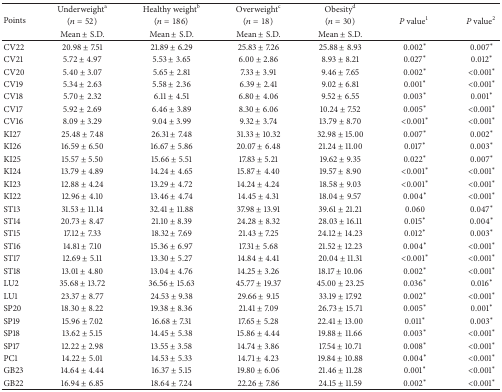
<table><thead><tr><td rowspan="3"><b>Points</b></td><td><b>Underweight<sup>a</sup></b></td><td><b>Healthy weight<sup>b</sup></b></td><td><b>Overweight<sup>c</sup></b></td><td><b>Obesity<sup>d</sup></b></td><td rowspan="3"><b><i>P</i> value<sup>1</sup></b></td><td rowspan="3"><b><i>P</i> value<sup>2</sup></b></td></tr><tr><td><b>(<i>n</i> = 52)</b></td><td><b>(<i>n</i> = 186)</b></td><td><b>(<i>n</i> = 18)</b></td><td><b>(<i>n</i> = 30)</b></td></tr><tr><td><b>Mean ± S.D. </b></td><td><b>Mean ± S.D. </b></td><td><b>Mean ± S.D. </b></td><td><b>Mean ± S.D. </b></td></tr></thead><tbody><tr><td>CV22</td><td>20.98 ± 7.51</td><td>21.89 ± 6.29</td><td>25.83 ± 7.26</td><td>25.88 ± 8.93</td><td>0.002<sup><i>∗</i></sup></td><td>0.007<sup><i>∗</i></sup></td></tr><tr><td>CV21</td><td>5.72 ± 4.97</td><td>5.53 ± 3.65</td><td>6.00 ± 2.86</td><td>8.93 ± 8.21</td><td>0.027<sup><i>∗</i></sup></td><td>0.012<sup><i>∗</i></sup></td></tr><tr><td>CV20</td><td>5.40 ± 3.07</td><td>5.65 ± 2.81</td><td>7.33 ± 3.91</td><td>9.46 ± 7.65</td><td>0.002<sup><i>∗</i></sup></td><td>&lt;0.001<sup><i>∗</i></sup></td></tr><tr><td>CV19</td><td>5.34 ± 2.63</td><td>5.58 ± 2.36</td><td>6.39 ± 2.41</td><td>9.02 ± 6.81</td><td>0.001<sup><i>∗</i></sup></td><td>&lt;0.001<sup><i>∗</i></sup></td></tr><tr><td>CV18</td><td>5.70 ± 2.32</td><td>6.11 ± 4.51</td><td>6.80 ± 4.06</td><td>9.52 ± 6.55</td><td>0.003<sup><i>∗</i></sup></td><td>0.001<sup><i>∗</i></sup></td></tr><tr><td>CV17</td><td>5.92 ± 2.69</td><td>6.46 ± 3.89</td><td>8.30 ± 6.06</td><td>10.24 ± 7.52</td><td>0.005<sup><i>∗</i></sup></td><td>&lt;0.001<sup><i>∗</i></sup></td></tr><tr><td>CV16</td><td>8.09 ± 3.29</td><td>9.04 ± 3.99</td><td>9.32 ± 3.74</td><td>13.79 ± 8.70</td><td>&lt;0.001<sup><i>∗</i></sup></td><td>&lt;0.001<sup><i>∗</i></sup></td></tr><tr><td>KI27</td><td>25.48 ± 7.48</td><td>26.31 ± 7.48</td><td>31.33 ± 10.32</td><td>32.98 ± 15.00</td><td>0.007<sup><i>∗</i></sup></td><td>0.002<sup><i>∗</i></sup></td></tr><tr><td>KI26</td><td>16.59 ± 6.50</td><td>16.67 ± 5.86</td><td>20.07 ± 6.48</td><td>21.24 ± 11.00</td><td>0.017<sup><i>∗</i></sup></td><td>0.003<sup><i>∗</i></sup></td></tr><tr><td>KI25</td><td>15.57 ± 5.50</td><td>15.66 ± 5.51</td><td>17.83 ± 5.21</td><td>19.62 ± 9.35</td><td>0.022<sup><i>∗</i></sup></td><td>0.007<sup><i>∗</i></sup></td></tr><tr><td>KI24</td><td>13.79 ± 4.89</td><td>14.24 ± 4.65</td><td>15.87 ± 4.40</td><td>19.57 ± 8.90</td><td>&lt;0.001<sup><i>∗</i></sup></td><td>&lt;0.001<sup><i>∗</i></sup></td></tr><tr><td>KI23</td><td>12.88 ± 4.24</td><td>13.29 ± 4.72</td><td>14.24 ± 4.24</td><td>18.58 ± 9.03</td><td>&lt;0.001<sup><i>∗</i></sup></td><td>&lt;0.001<sup><i>∗</i></sup></td></tr><tr><td>KI22</td><td>12.96 ± 4.10</td><td>13.46 ± 4.74</td><td>14.45 ± 4.31</td><td>18.04 ± 9.57</td><td>0.004<sup><i>∗</i></sup></td><td>&lt;0.001<sup><i>∗</i></sup></td></tr><tr><td>ST13</td><td>31.53 ± 11.14</td><td>32.41 ± 11.88</td><td>37.98 ± 13.91</td><td>39.61 ± 21.21</td><td>0.060</td><td>0.047<sup><i>∗</i></sup></td></tr><tr><td>ST14</td><td>20.73 ± 8.47</td><td>21.10 ± 8.39</td><td>24.28 ± 8.32</td><td>28.03 ± 16.11</td><td>0.015<sup><i>∗</i></sup></td><td>0.004<sup><i>∗</i></sup></td></tr><tr><td>ST15</td><td>17.12 ± 7.33</td><td>18.32 ± 7.69</td><td>21.43 ± 7.25</td><td>24.12 ± 14.23</td><td>0.012<sup><i>∗</i></sup></td><td>0.003<sup><i>∗</i></sup></td></tr><tr><td>ST16</td><td>14.81 ± 7.10</td><td>15.36 ± 6.97</td><td>17.31 ± 5.68</td><td>21.52 ± 12.23</td><td>0.004<sup><i>∗</i></sup></td><td>&lt;0.001<sup><i>∗</i></sup></td></tr><tr><td>ST17</td><td>12.69 ± 5.11</td><td>13.30 ± 5.27</td><td>14.84 ± 4.41</td><td>20.04 ± 11.31</td><td>&lt;0.001<sup><i>∗</i></sup></td><td>&lt;0.001<sup><i>∗</i></sup></td></tr><tr><td>ST18</td><td>13.01 ± 4.80</td><td>13.04 ± 4.76</td><td>14.25 ± 3.26</td><td>18.17 ± 10.06</td><td>0.002<sup><i>∗</i></sup></td><td>&lt;0.001<sup><i>∗</i></sup></td></tr><tr><td>LU2</td><td>35.68 ± 13.72</td><td>36.56 ± 15.63</td><td>45.77 ± 19.37</td><td>45.00 ± 23.25</td><td>0.036<sup><i>∗</i></sup></td><td>0.016<sup><i>∗</i></sup></td></tr><tr><td>LU1</td><td>23.37 ± 8.77</td><td>24.53 ± 9.38</td><td>29.66 ± 9.15</td><td>33.19 ± 17.92</td><td>0.002<sup><i>∗</i></sup></td><td>&lt;0.001<sup><i>∗</i></sup></td></tr><tr><td>SP20</td><td>18.30 ± 8.22</td><td>19.38 ± 8.36</td><td>21.41 ± 7.09</td><td>26.73 ± 15.71</td><td>0.005<sup><i>∗</i></sup></td><td>0.001<sup><i>∗</i></sup></td></tr><tr><td>SP19</td><td>15.96 ± 7.02</td><td>16.68 ± 7.31</td><td>17.65 ± 5.28</td><td>22.41 ± 13.00</td><td>0.011<sup><i>∗</i></sup></td><td>0.003<sup><i>∗</i></sup></td></tr><tr><td>SP18</td><td>13.62 ± 5.15</td><td>14.45 ± 5.38</td><td>15.86 ± 4.44</td><td>19.88 ± 11.66</td><td>0.003<sup><i>∗</i></sup></td><td>&lt;0.001<sup><i>∗</i></sup></td></tr><tr><td>SP17</td><td>12.22 ± 2.98</td><td>13.55 ± 3.58</td><td>14.74 ± 3.86</td><td>17.54 ± 10.71</td><td>0.008<sup><i>∗</i></sup></td><td>&lt;0.001<sup><i>∗</i></sup></td></tr><tr><td>PC1</td><td>14.22 ± 5.01</td><td>14.53 ± 5.33</td><td>14.71 ± 4.23</td><td>19.84 ± 10.88</td><td>0.004<sup><i>∗</i></sup></td><td>&lt;0.001<sup><i>∗</i></sup></td></tr><tr><td>GB23</td><td>14.64 ± 4.44</td><td>16.37 ± 5.15</td><td>19.80 ± 6.06</td><td>21.46 ± 11.28</td><td>0.001<sup><i>∗</i></sup></td><td>&lt;0.001<sup><i>∗</i></sup></td></tr><tr><td>GB22</td><td>16.94 ± 6.85</td><td>18.64 ± 7.24</td><td>22.26 ± 7.86</td><td>24.15 ± 11.59</td><td>0.002<sup><i>∗</i></sup></td><td>&lt;0.001<sup><i>∗</i></sup></td></tr></tbody></table>